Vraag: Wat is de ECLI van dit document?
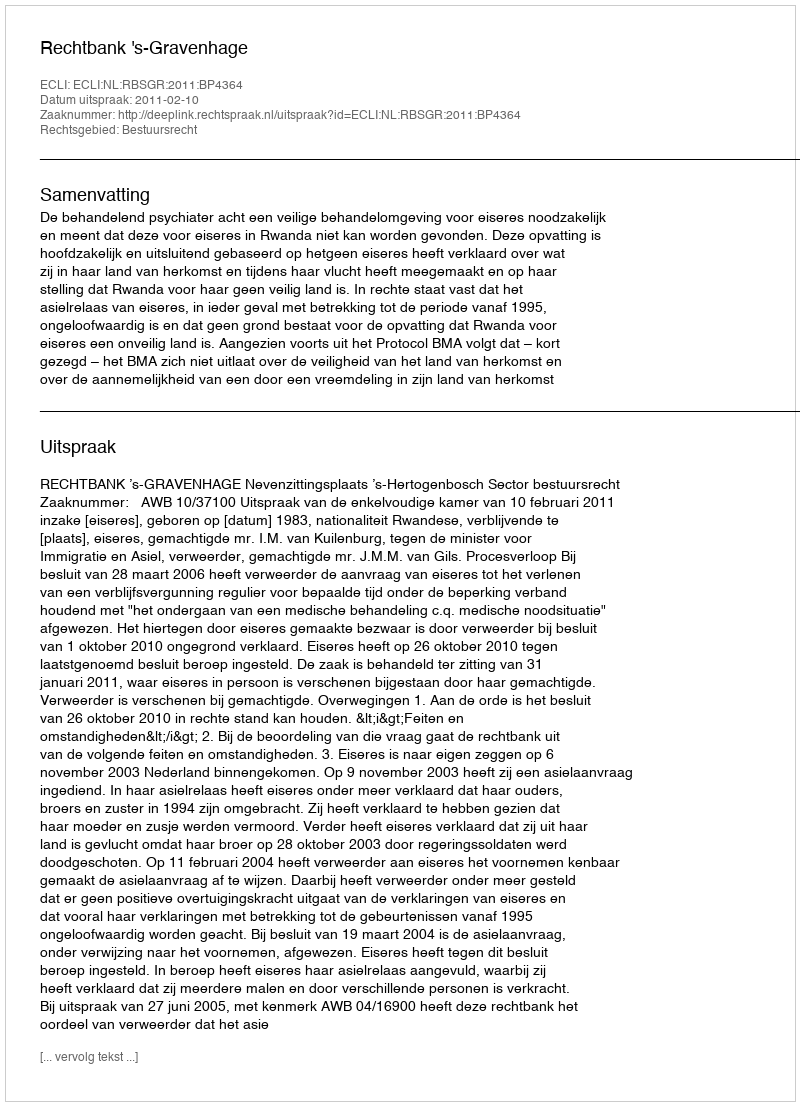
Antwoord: ECLI:NL:RBSGR:2011:BP4364